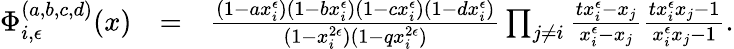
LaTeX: \begin{array}{rlr}{\Phi_{i,\epsilon}^{(a,b,c,d)}(x)}&{=}&{\frac{(1-ax_{i}^{\epsilon})(1-bx_{i}^{\epsilon})(1-cx_{i}^{\epsilon})(1-dx_{i}^{\epsilon})}{(1-x_{i}^{2\epsilon})(1-qx_{i}^{2\epsilon})}\prod_{j\neq i}\frac{tx_{i}^{\epsilon}-x_{j}}{x_{i}^{\epsilon}-x_{j}}\frac{tx_{i}^{\epsilon}x_{j}-1}{x_{i}^{\epsilon}x_{j}-1}.}\end{array}